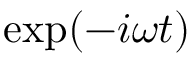
\exp ( - i \omega t )